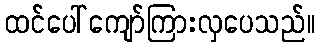
ထင်ပေါ်ကျော်ကြားလှပေသည်။